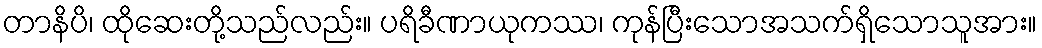
တာနိပိ၊ ထိုဆေးတို့သည်လည်း။ ပရိခီဏာယုကဿ၊ ကုန်ပြီးသောအသက်ရှိသောသူအား။